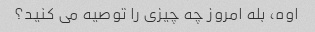
اوه، بله امروز چه چیزی را توصیه می کنید؟